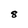
Character: 8